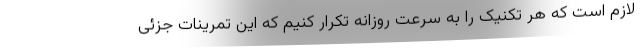
لازم است که هر تکنیک را به سرعت روزانه تکرار کنیم که این تمرینات جزئی